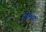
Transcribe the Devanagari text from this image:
संघिम